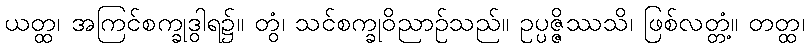
ယတ္ထ၊ အကြင်စက္ခုဒွါရ၌။ တွံ၊ သင်စက္ခုဝိညာဉ်သည်။ ဥပ္ပဇ္ဇိဿသိ၊ ဖြစ်လတ္တံ့။ တတ္ထ၊